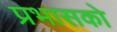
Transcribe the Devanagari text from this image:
प्रभासको